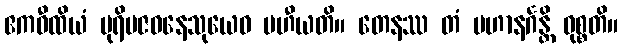
ဧကဝီထိယံ ပုရိမဇဝနေသုယေဝ ပဟီယတိ။ တေနဿ တံ ပဟာနင်္ဂန္တိ ဝုစ္စတိ။